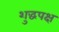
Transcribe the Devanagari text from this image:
शुद्धपक्ष